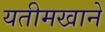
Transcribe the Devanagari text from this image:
यतीमखाने